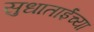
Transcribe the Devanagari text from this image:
सुधाताईंच्या